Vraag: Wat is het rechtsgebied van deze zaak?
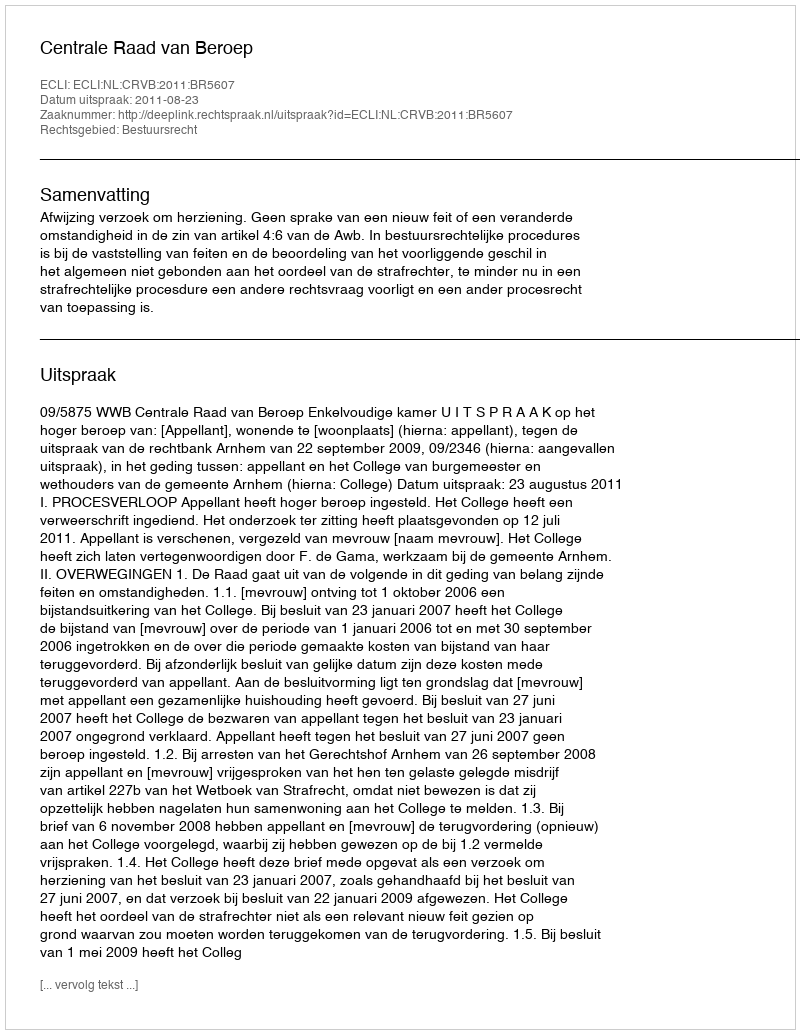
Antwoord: Bestuursrecht